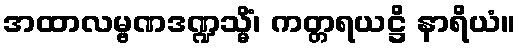
အထာလမ္ဗဏဒဏ္ဍသ္မိံ၊ ကတ္တရယဋ္ဌိ နာရိယံ။